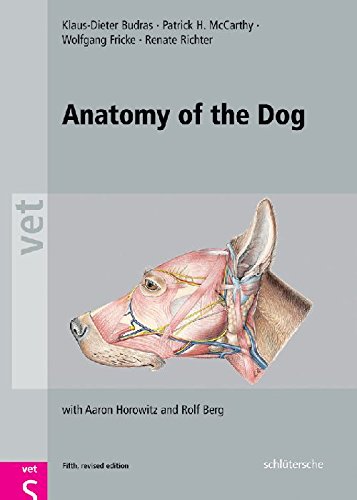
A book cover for Anatomy of the Dog: An Illustrated Text, Fifth Edition; Klaus Dieter Budras; Medical Books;